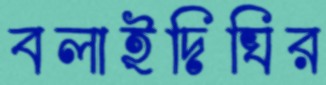
বলাইদিঘির